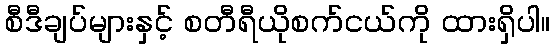
စီဒီချပ်များနှင့် စတီရီယိုစက်ငယ်ကို ထားရှိပါ။